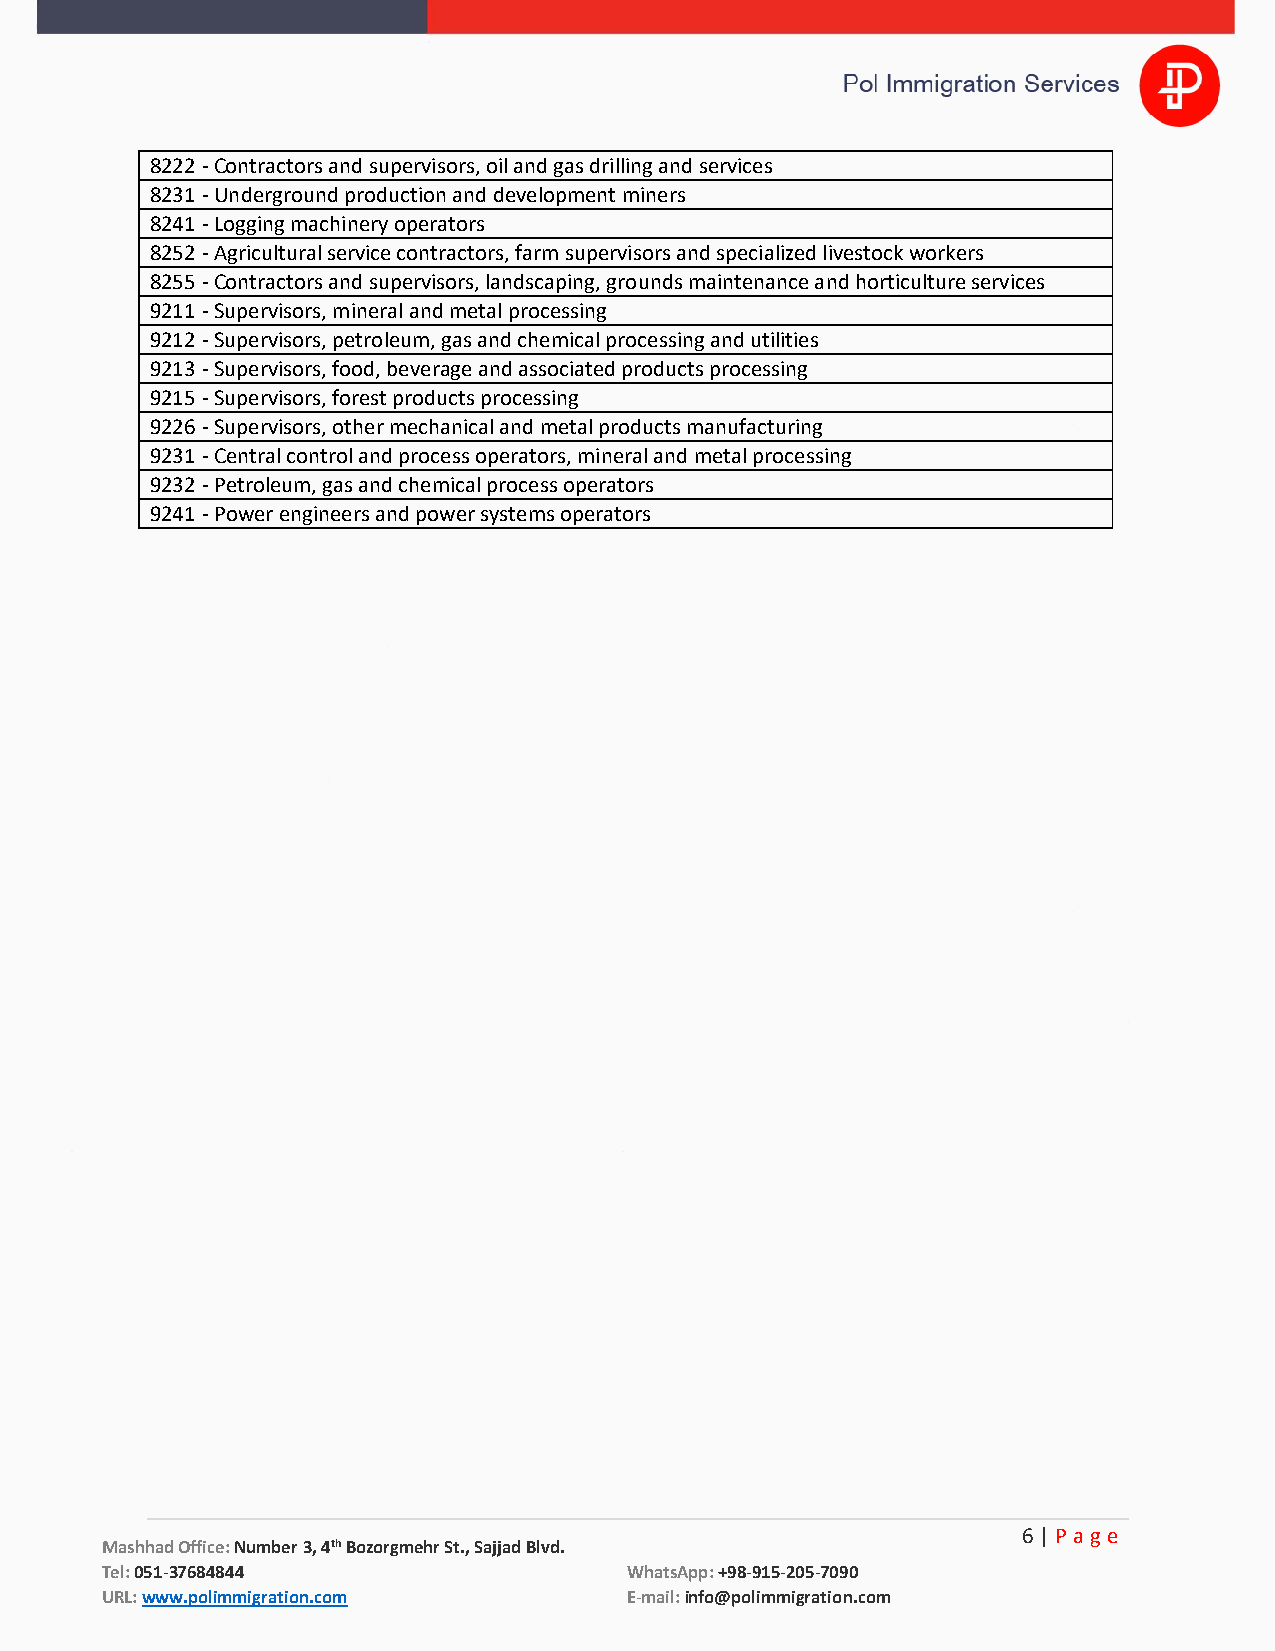
8222 - Contractors and supervisors, oil and gas drilling and services
 8231 - Underground production and development miners
 8241 - Logging machinery operators
 8252 - Agricultural service contractors, farm supervisors and specialized livestock workers
 8255 - Contractors and supervisors, landscaping, grounds maintenance and horticulture services
 9211 - Supervisors, mineral and metal processing
 9212 - Supervisors, petroleum, gas and chemical processing and utilities
 9213 - Supervisors, food, beverage and associated products processing
 9215 - Supervisors, forest products processing
 9226 - Supervisors, other mechanical and metal products manufacturing
 9231 - Central control and process operators, mineral and metal processing
 9232 - Petroleum, gas and chemical process operators
 9241 - Power engineers and power systems operators
 6 | P a ge
 Mashhad Office: Number 3, 4th Bozorgmehr St., Sajjad Blvd.
 Tel: 051-37684844                 WhatsApp: +98-915-205-7090
 URL: www.polimmigration.com       E-mail: info@polimmigration.com